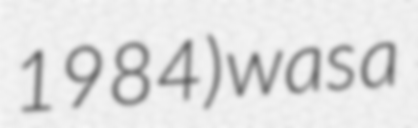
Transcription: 1984) was a